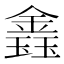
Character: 𨫎